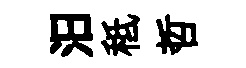
汨秪哲